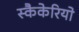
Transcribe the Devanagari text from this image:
स्कैकेरियो